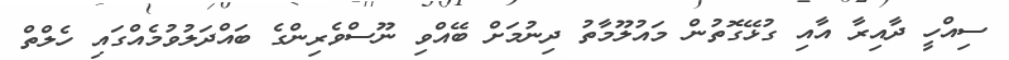
ސިއްހީ ދާއިރާ އާއި ގުޅޭގޮތުން މައުލޫމާތު ދިނުމަށް ބޭއްވި ނޫސްވެރިންގެ ބައްދަލުވުމެއްގައި ހެލްތް